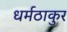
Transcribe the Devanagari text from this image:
धर्मठाकुर